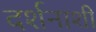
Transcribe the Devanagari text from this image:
दर्शनाशी